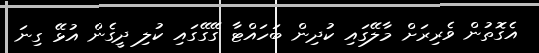
އެގޮތުން ވެރިރަށް މާލޭގައި ކުދިން ބަހައްޓާ ގޭގޭގައި ކުލި ދީގެން އުޅޭ ގިނަ